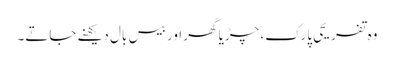
وہ تفریحی پارک، چڑیا گھر اور بیس بال دیکھنے جاتے۔